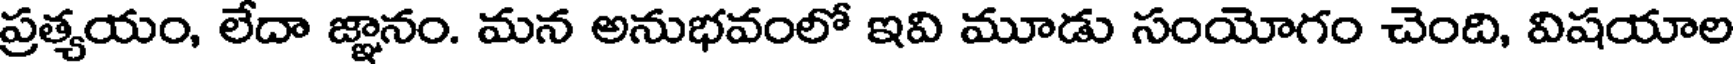
ప్రత్యయం, లేదా జ్ఞానం. మన అనుభవంలో ఇవి మూడు సంయోగం చెంది, విషయాల